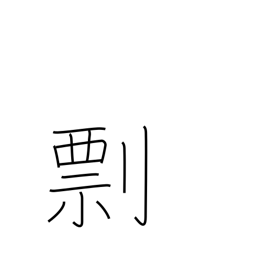
Meaning: threat